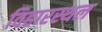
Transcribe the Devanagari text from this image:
विहारस्थल